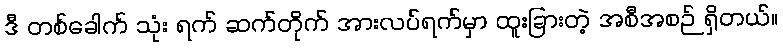
ဒီ တစ်ခေါက် သုံး ရက် ဆက်တိုက် အားလပ်ရက်မှာ ထူးခြားတဲ့ အစီအစဉ် ရှိတယ်။